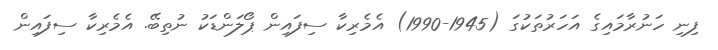
ފިނި ހަނުރާމައިގެ އަހަރުތަކުގަ (1945-1990) އެމެރިކާ ސިފައިން ޕޯލަންޑަކު ނުތިބޭ. އެމެރިކާ ސިފައިން